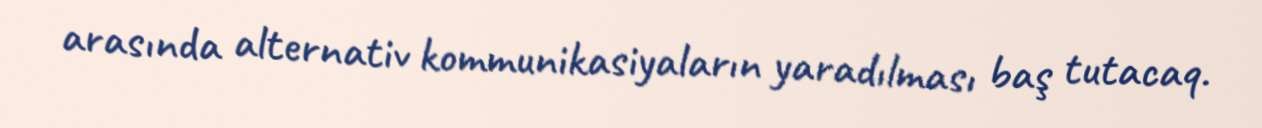
arasında alternativ kommunikasiyaların yaradılması baş tutacaq.